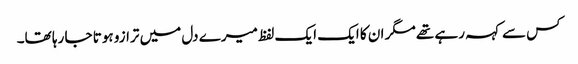
کس سے کہہ رہے تھے مگر ان کا ایک ایک لفظ میرے دل میں ترازو ہوتا جا رہا تھا۔